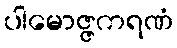
ပါမောဇ္ဇကရဏံ